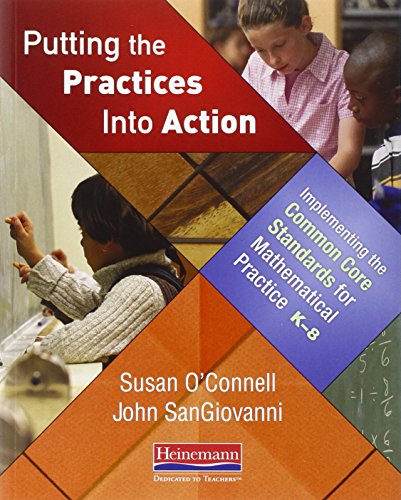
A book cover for Putting the Practices Into Action: Implementing the Common Core Standards for Mathematical Practice, K-8; Susan O'Connell; Education & Teaching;